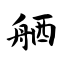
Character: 舾